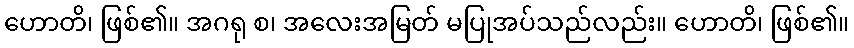
ဟောတိ၊ ဖြစ်၏။ အဂရု စ၊ အလေးအမြတ် မပြုအပ်သည်လည်း။ ဟောတိ၊ ဖြစ်၏။